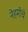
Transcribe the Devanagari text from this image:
नेहमींचे